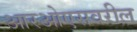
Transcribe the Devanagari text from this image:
आरओएसवरील